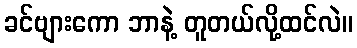
ခင်ဗျားကော ဘာနဲ့ တူတယ်လို့ထင်လဲ။